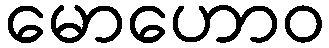
မောဟောဝ